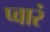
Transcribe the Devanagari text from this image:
प्वारं